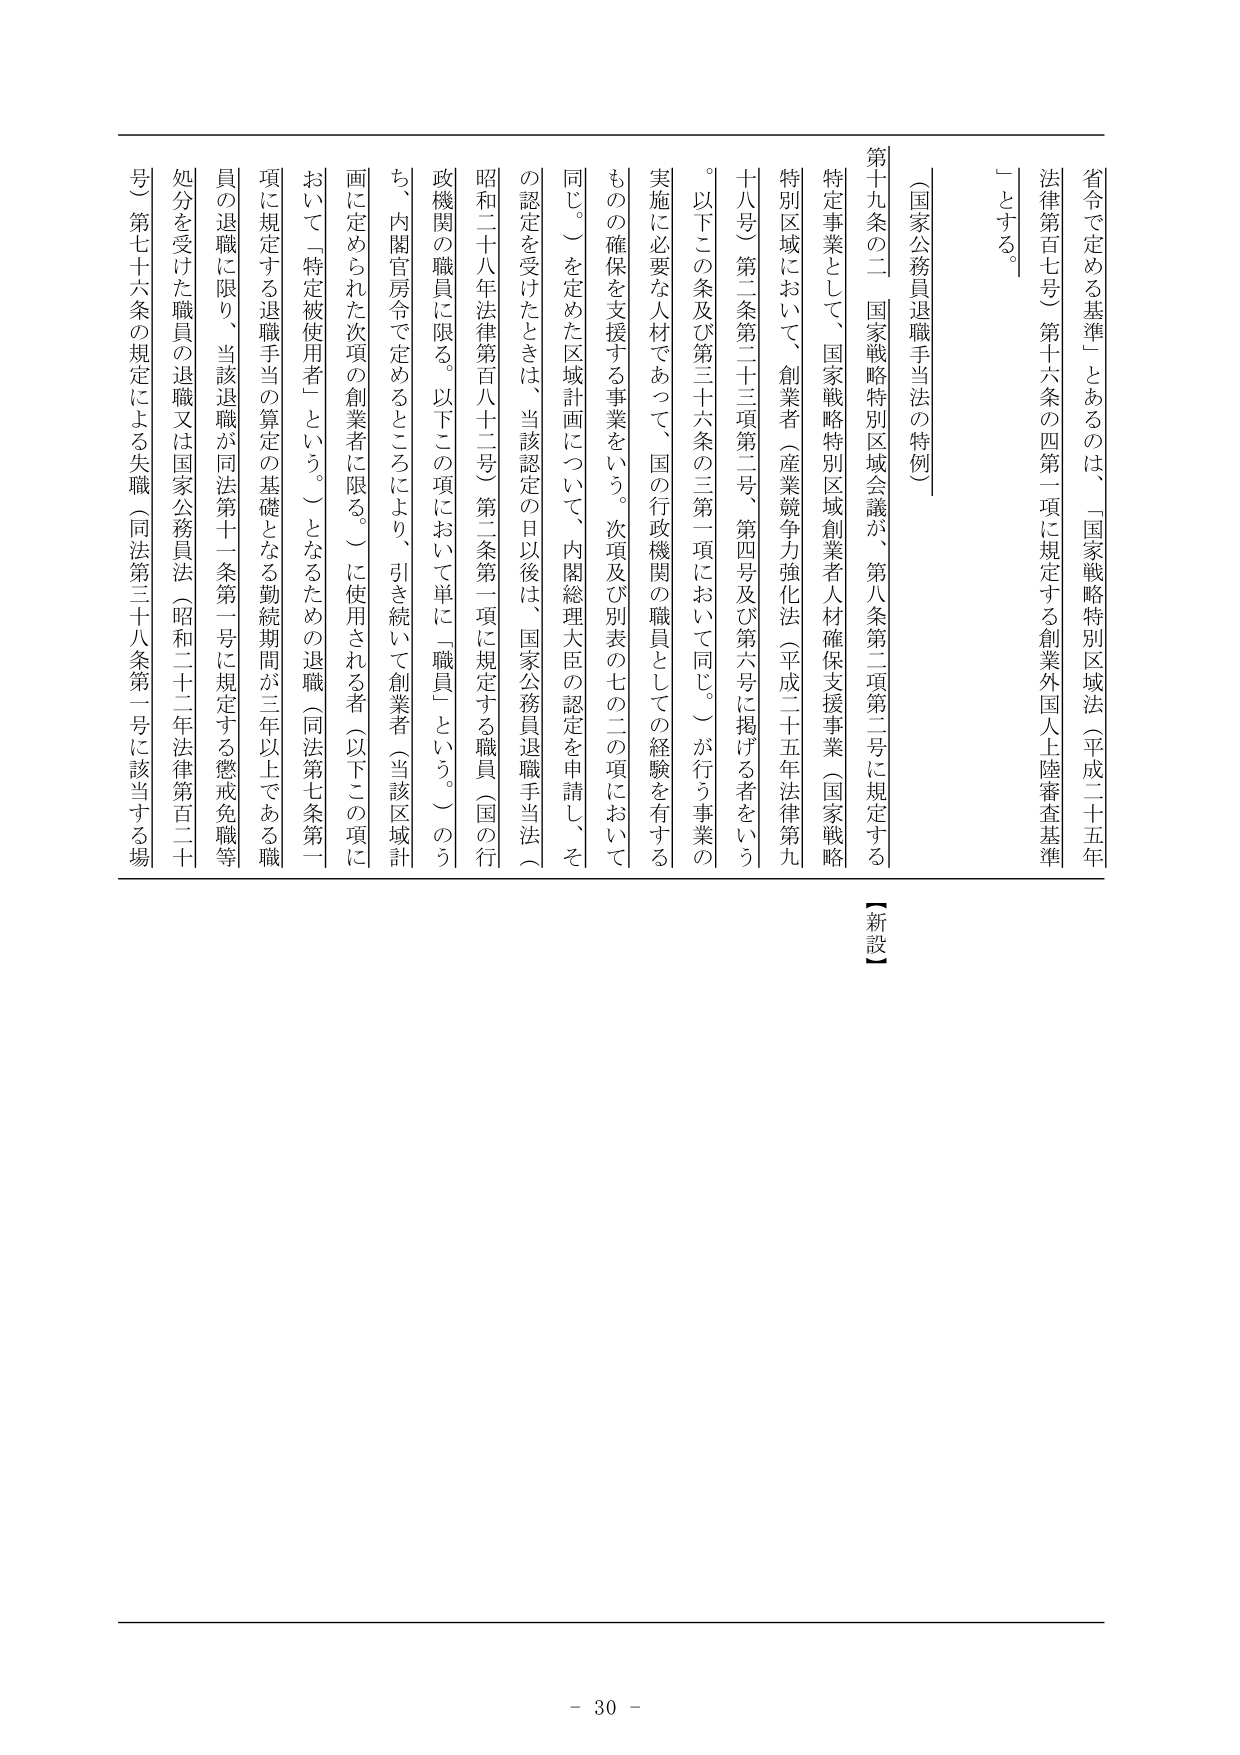
省令で定める基準」とあるのは、「国家戦略特別区域法（平成二十五年法律第百七号）第十六条の四第一項に規定する創業外国人上陸審査基準」とする。

（国家公務員退職手当法の特例）

第十九条の二 国家戦略特別区域会議が、第八条第二項第二号に規定する特定事業として、国家戦略特別区域創業者人材確保支援事業（国家戦略特別区域において、創業者（産業競争力強化法（平成二十五年法律第九十八号）第二条第二十三項第二号、第四号及び第六号に掲げる者をいう。以下この条及び第三十六条の三第一項において同じ。）が行う事業の実施に必要な人材であって、国の行政機関の職員としての経験を有するものの確保を支援する事業をいう。次項及び別表の七の二の項において同じ。）を定めた区域計画について、内閣総理大臣の認定を申請し、その認定を受けたときは、当該認定の日以後は、国家公務員退職手当法（昭和二十八年法律第百八十二号）第二条第一項に規定する職員（国の行政機関の職員に限る。以下この項において単に「職員」という。）のうち、内閣官房令で定めるところにより、引き続いて創業者（当該区域計画に定められた次項の創業者に限る。）に使用される者（以下この項において「特定被使用者」という。）となるための退職（同法第七条第一項に規定する退職手当の算定の基礎となる勤続期間が三年以上である職員の退職に限り、当該退職が同法第十一条第一号に規定する懲戒免職等処分を受けた職員の退職又は国家公務員法（昭和二十二年法律第百二十号）第七十六条の規定による失職（同法第三十八条第一号に該当する場

【新設】

- 30 -